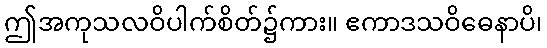
ဤအကုသလဝိပါက်စိတ်၌ကား။ ဧကာဒသဝိဓေနာပိ၊